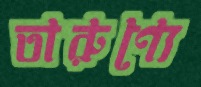
তারুণ্যে